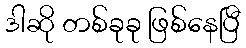
ဒါဆို တစ်ခုခု ဖြစ်နေပြီ